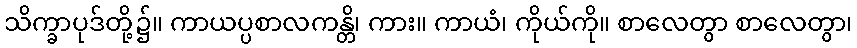
သိက္ခာပုဒ်တို့၌။ ကာယပ္ပစာလကန္တိ၊ ကား။ ကာယံ၊ ကိုယ်ကို။ စာလေတွာ စာလေတွာ၊